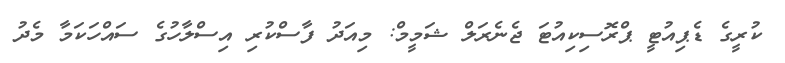
ކުރީގެ ޑެޕިއުޓީ ޕްރޮސިކިއުޓަ ޖެނެރަލް ޝަމީމް: މިއަދު ފާސްކުރި އިސްލާހުގެ ސައްހަކަމާ މެދު